Report on vaccination proceedings throughout the Government of Bengal -
Year: 1868
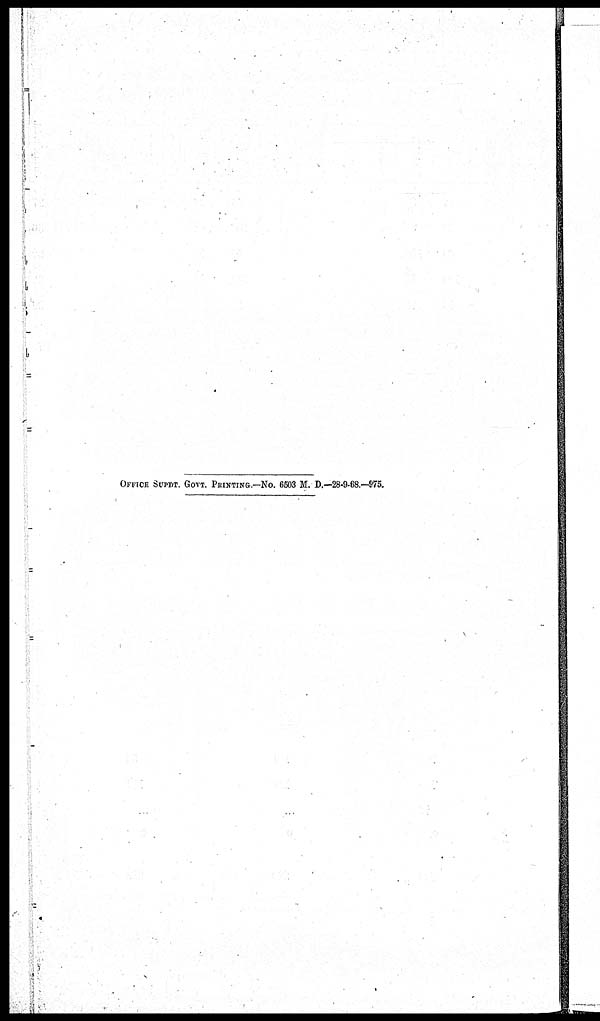
OFFICE SUPDT. GOVT. PRINTING.—NO. 6503 M. D.—28-9-68.—975.